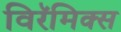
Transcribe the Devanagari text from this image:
विरॅमिक्स